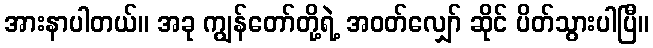
အားနာပါတယ်။ အခု ကျွန်တော်တို့ရဲ့ အဝတ်လျှော် ဆိုင် ပိတ်သွားပါပြီ။